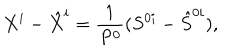
X ^ { i } - \hat { X } ^ { i } = \frac { 1 } { P ^ { 0 } } ( S ^ { 0 i } - \hat { S } ^ { 0 i } ) ,